Vara_Laulu-_ja_Manguselts, lk 9
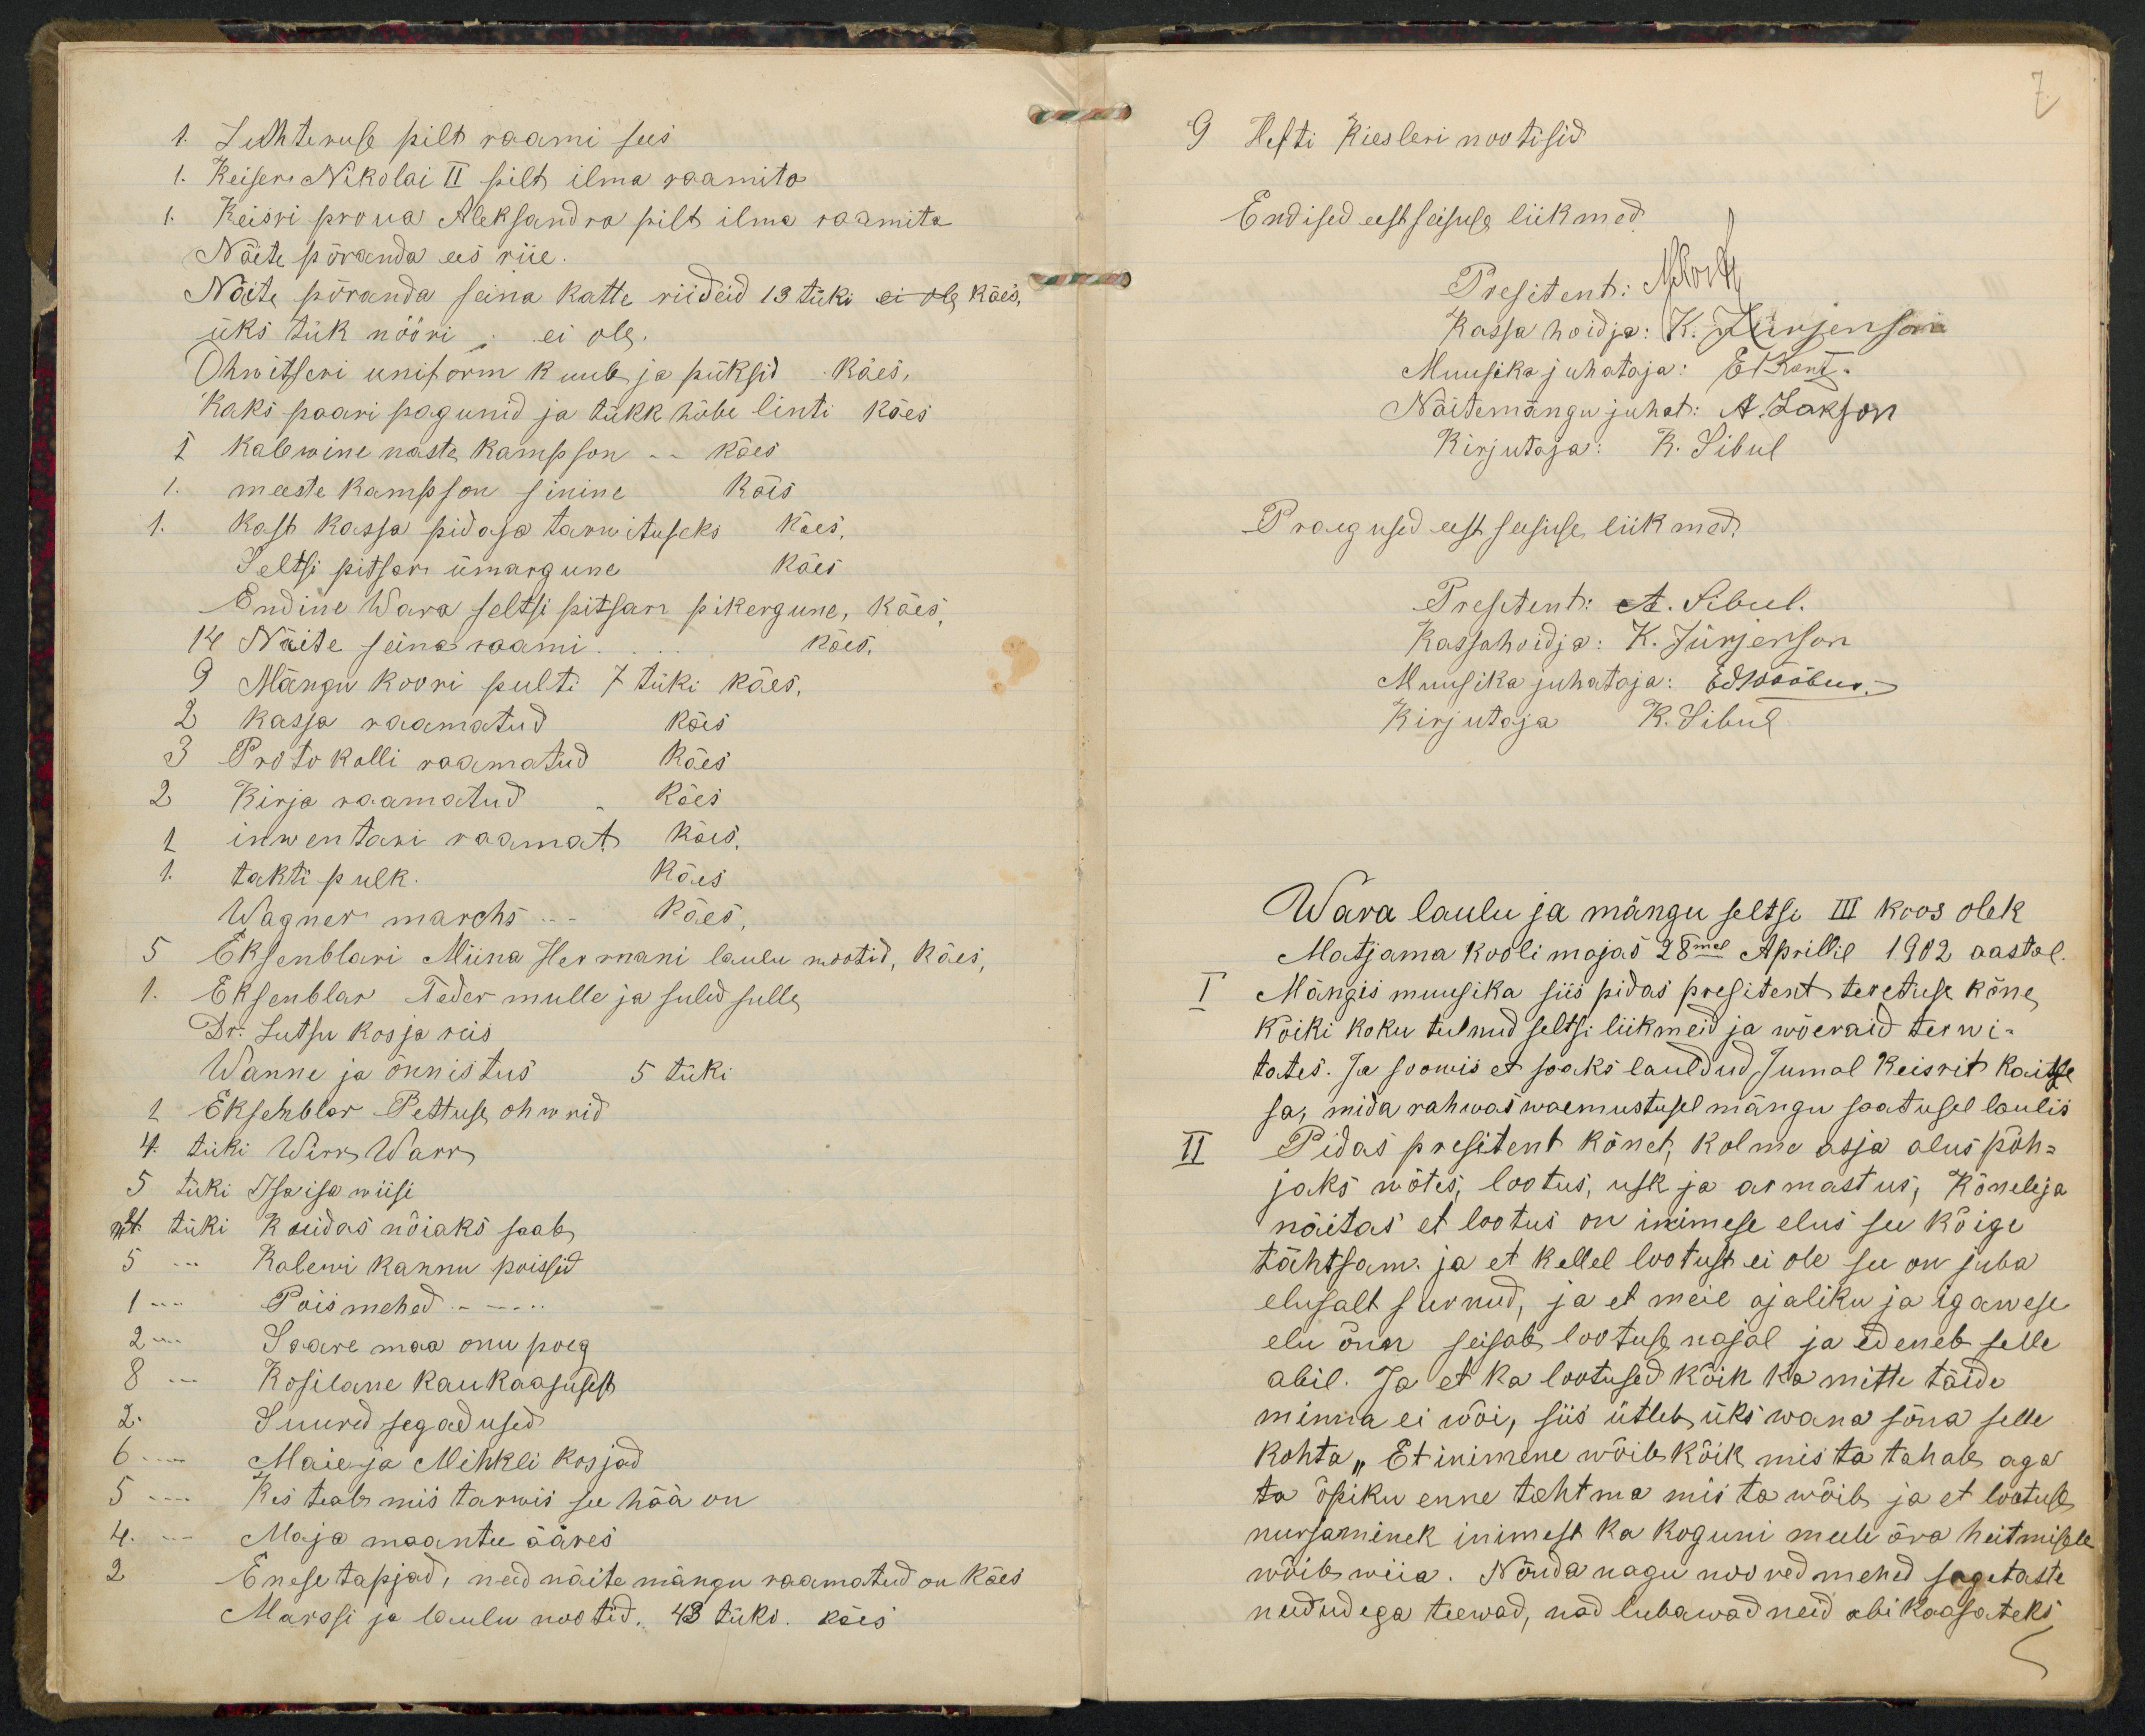
easTuhteruse pilb raami sees1. Reiser Nikolai II silts ilma saamitaKeisri proua Aleksandra pilb ilme saamitaNäite põranda ees viieNõite põranda seina katte riideid 19 tüki ei ol käes wlesüks tük nööri i ei ole.Käes,Õhw itseri uniform kuub ja püksidRaks paari pagunid ja tükk hõbe linti käesKalewine naste kampson- käeskõismeeste kampson sininekees,kass kasja pidasa tarwitusekskäesSeltsi pitsari umarguneÕndine Wara seltsi pitsan pikergune, käesNäite seina saamikäes.Mängu koori pulti 7 tüki käes.kasja vaamatudkäisKäesProtokolli vaamatudKäesKirja raamatudkäis.inwentasi vaamat.kõustahti pulkPäes,Wagner marehsOksenblari Miina Hermani laulu mootid, käes,Eksenblav Teder mulle ja sulid sulleDr. Jutsu kosja reisWanne ja õnnistus5 tüki1 Ekscmblar Pettuse ohw nid4. tühi Wirr Warr5 tüki Isaisa wiisiat tükiKaiidas nõiaks saab,Ralewi kannu poissidPois mehed--...Isare maa onu poegRosilane kaukaajuseltSuured segadusedMaie ja Mihkli kosjadKes teab mis tarwis see hää onMaja maantee ääresEnese tapjad, need näite mängu raamatud on käesMarssi ja laulu nootid, 48 tüks. käes

Hefti Kiesleri nootisidEndised eest seisule liikmad.Wava laulu ja mängu seltsi III koos olekMatjama kooli majas 28mal Aprillil 1902 aastalMängis muugika siis pidas presitent teretuse kõneWõiki koku tulnud seltsi liikmeid ja wõevaid teiwi-tates. Ja soomis et paks lauldud Jumal Reisrits Kaitsisa, mida rahwad waemustusel mängu saatusel laulisPidas presitent kõnet, kolma asja alus põh-jaks mõtis, lootus, usk ja armastus, Komelejanäitas et lootus on inimese elus see kõigitähtsam. ja et kellel lootust ei ole see on jubaelusalt slvnud, ja et meie ajaliku ja igaweseelu õnar seisab lootus najal ja edeneb selleabil. Ja et Ka lootused kõik 1a mitte täideminna ei wõi, siis ütleb üks wana sõna sellekohta "Et inimene wõib kõik mis ta tahab agata õpiku enne tehtma mis ta wõib ja et lootulenurjaminek inimest ka koguni meele ära heitmiselewõib weia. Nõudanagu nooved mehed sagetastenududega teewad, nad lubawadneid abi koosateks